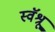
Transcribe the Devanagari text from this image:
स्वॅश्रू